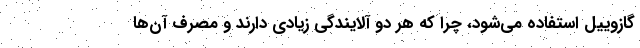
گازوییل استفاده می‌شود، چرا که هر دو آلایندگی زیادی دارند و مصرف آن‌ها